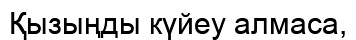
Қызыңды күйеу алмаса,